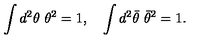
\int d ^ { 2 } \theta \ \theta ^ { 2 } = 1 , \quad \int d ^ { 2 } { \bar { \theta } } \ { \bar { \theta } } ^ { 2 } = 1 .